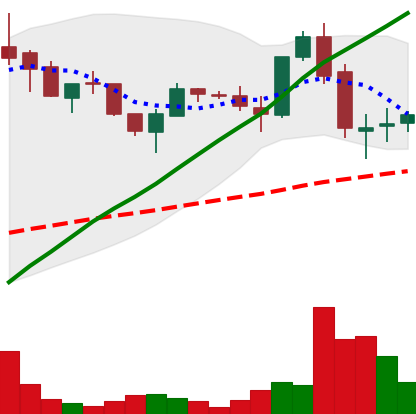
Ticker: LTC-USD
Chart end date: 2017-05-29
Forward return: 9.712%
Label: up_7plus